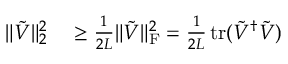
\begin{array} { r l } { \| \tilde { V } \| _ { 2 } ^ { 2 } } & { { } \ge \frac { 1 } { 2 L } \| \tilde { V } \| _ { \mathrm { F } } ^ { 2 } = \frac { 1 } { 2 L } \operatorname { t r } ( \tilde { V } ^ { \dag } \tilde { V } ) } \end{array}